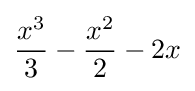
{\frac {x^{3}}{3}}-{\frac {x^{2}}{2}}-2x